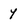
Character: y